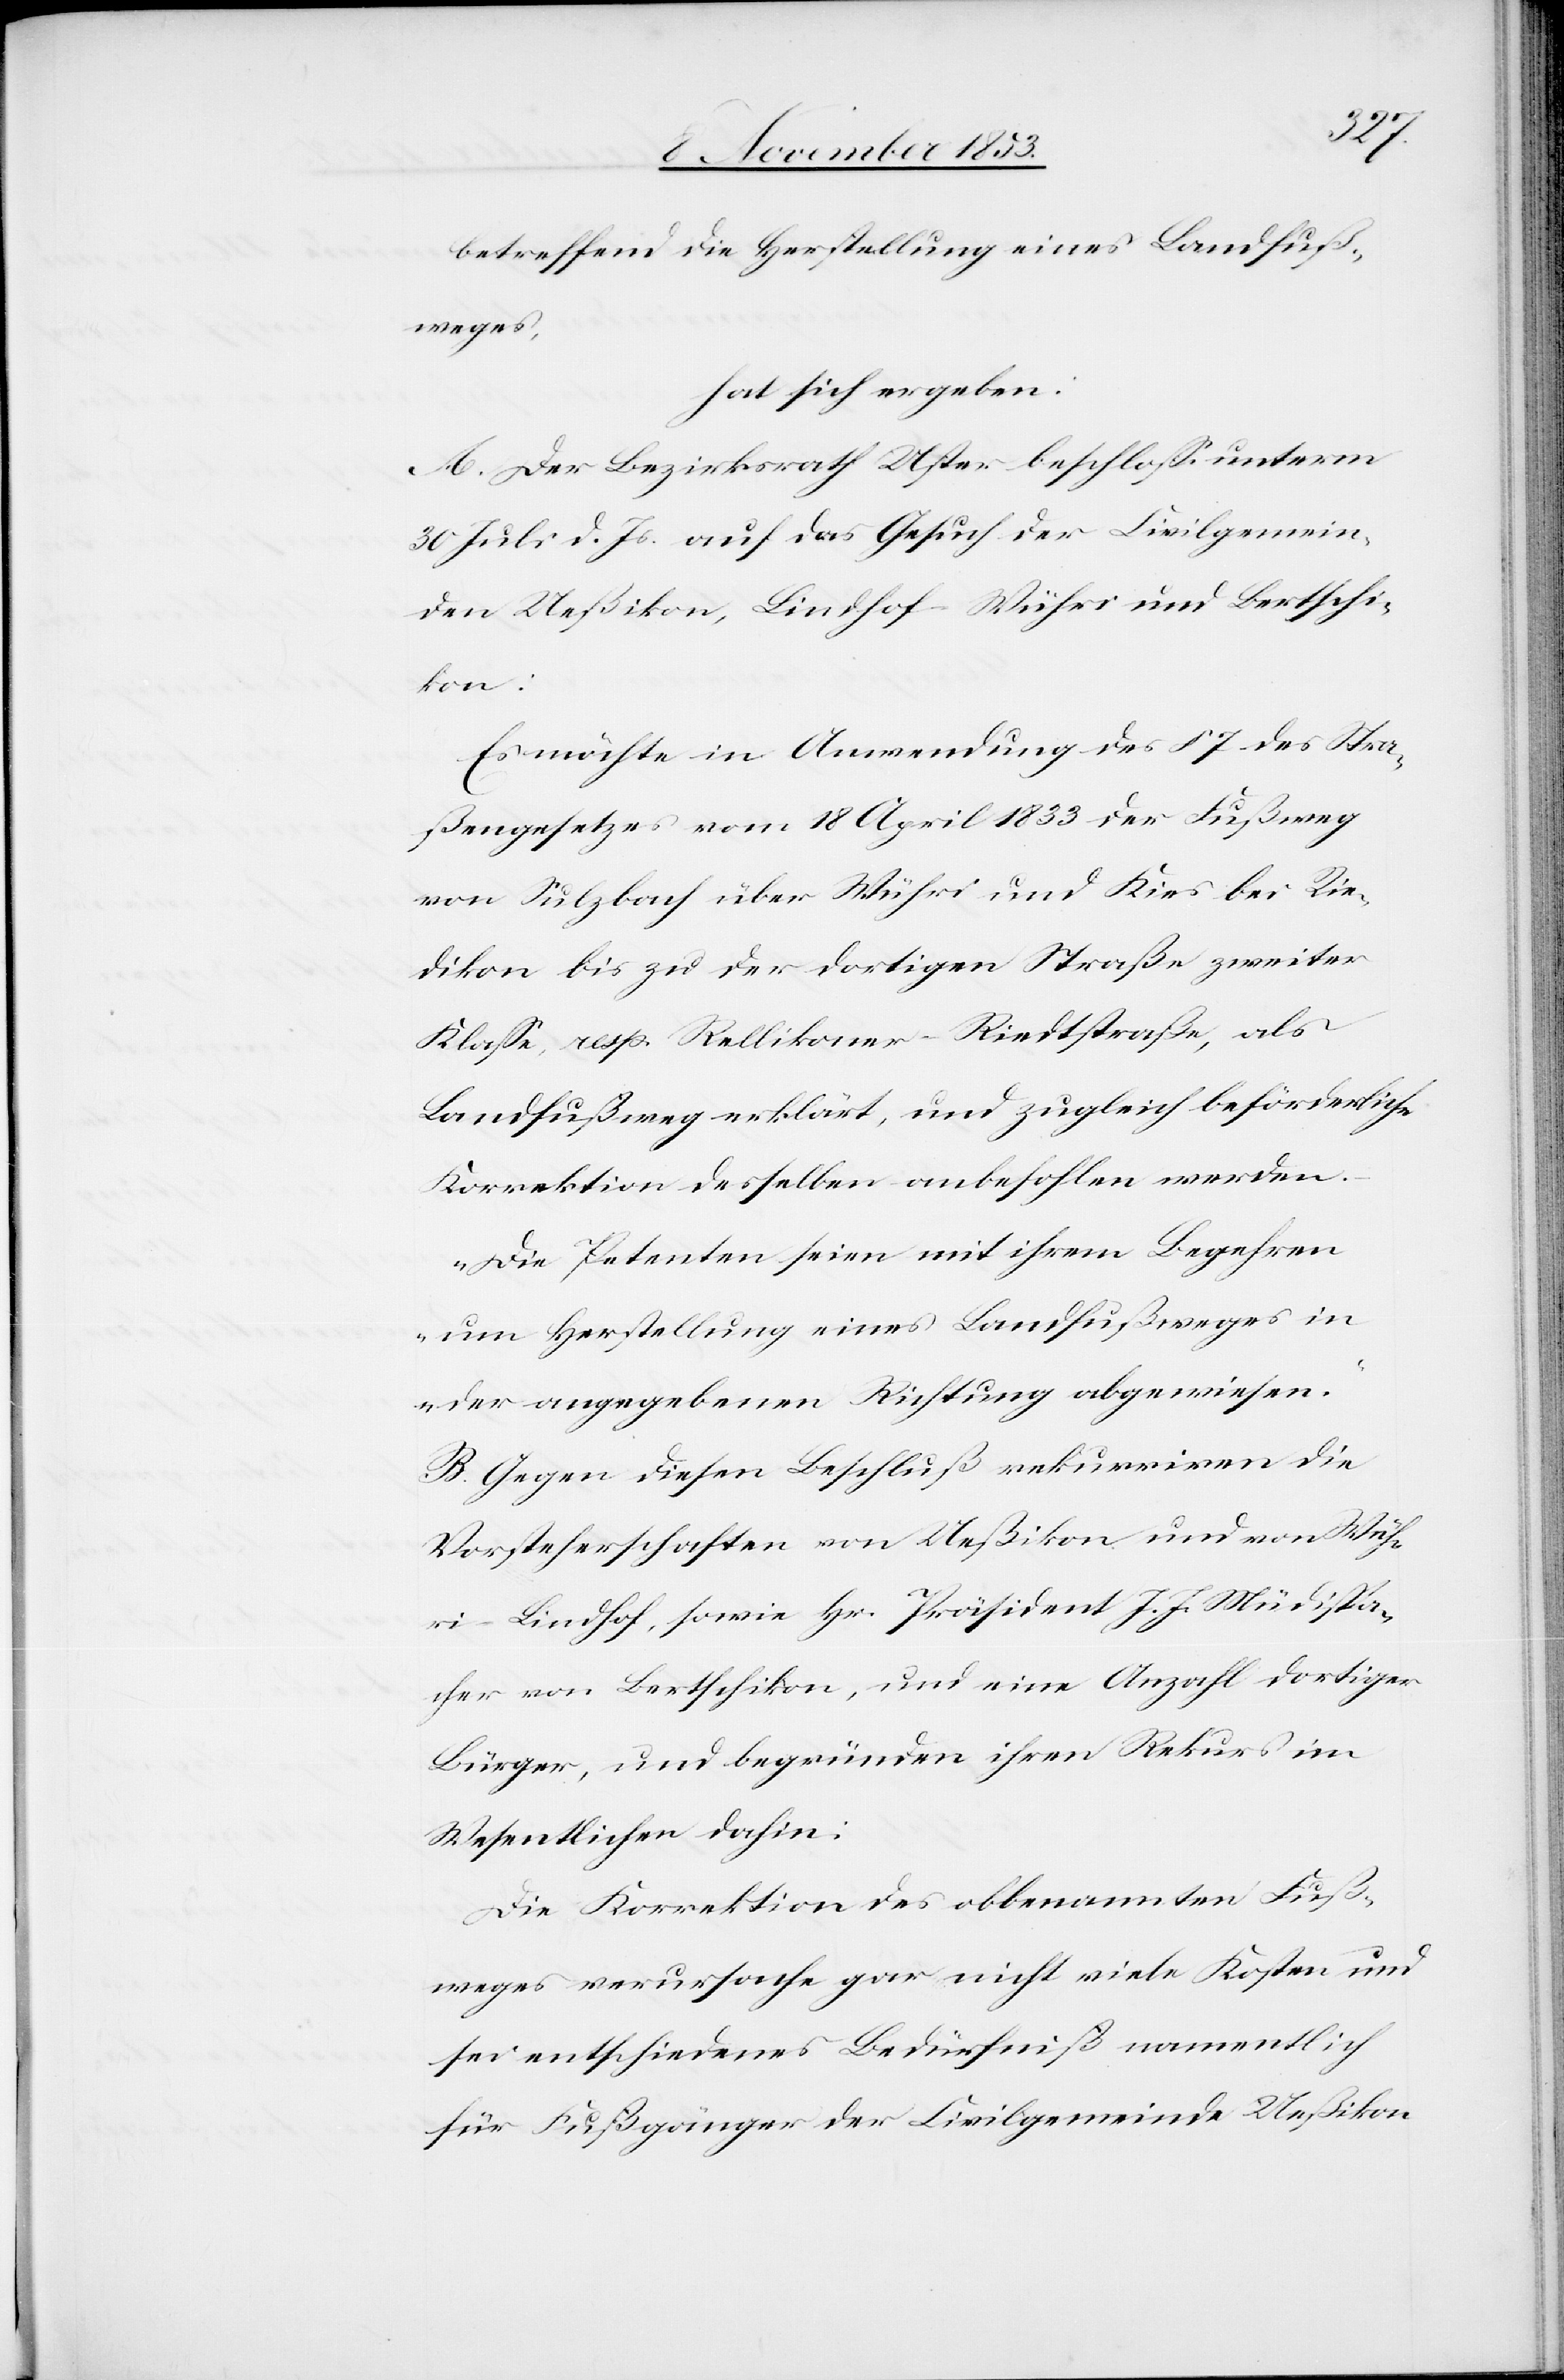
betreffend die Herstellung eines Landfuß¬
weges,
hat sich ergeben:
A. Der Bezirksrath Uster beschloß unterm
30 d. Js. auf das Gesuch der Civilgemein¬
den Ueßikon, Lindhof-Wühri und Bertschi¬
kon:
Es möchte in Anwendung des § 7 des Stra¬
ßengesetzes vom 18 April 1833 der Fußweg
von Sulzbach über Wühri und Kies bei Rie¬
dikon bis zu der dortigen Straße zweiter
Klaße, resp. Rellikoner-Riedtstraße, als
Landfußweg erklärt, und zugleich beförderliche
Korrektion desselben anbefohlen werden.
„Die Petenten seien mit ihrem Begehren
um Herstellung eines Landfußweges in
der angegebenen Richtung abgewiesen.“
B. Gegen diesen Beschluß rekurriren die
Vorsteherschaften von Ueßikon und von Wüh¬
ri-Lindhof, sowie Hr. Präsident J. J. Müdispa¬
cher von Bertschikon, und eine Anzahl dortiger
Bürger, und begründen ihren Rekurs im
Wesentlichen dahin.
Die Korrektion des obbenannten Fuß¬
weges verursache gar nicht viele Kosten und
sei entschiedenes Bedürfniß namentlich
für Fußgänger der Civilgemeinde Ueßikon